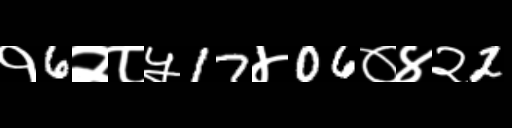
Text: १6२८५17४06०४२2